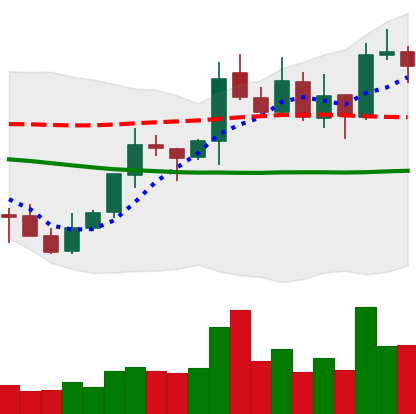
Ticker: XLM-USD
Chart end date: 2021-10-15
Forward return: 8.174%
Label: up_7plus